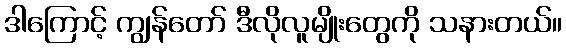
ဒါကြောင့် ကျွန်တော် ဒီလိုလူမျိုးတွေကို သနားတယ်။